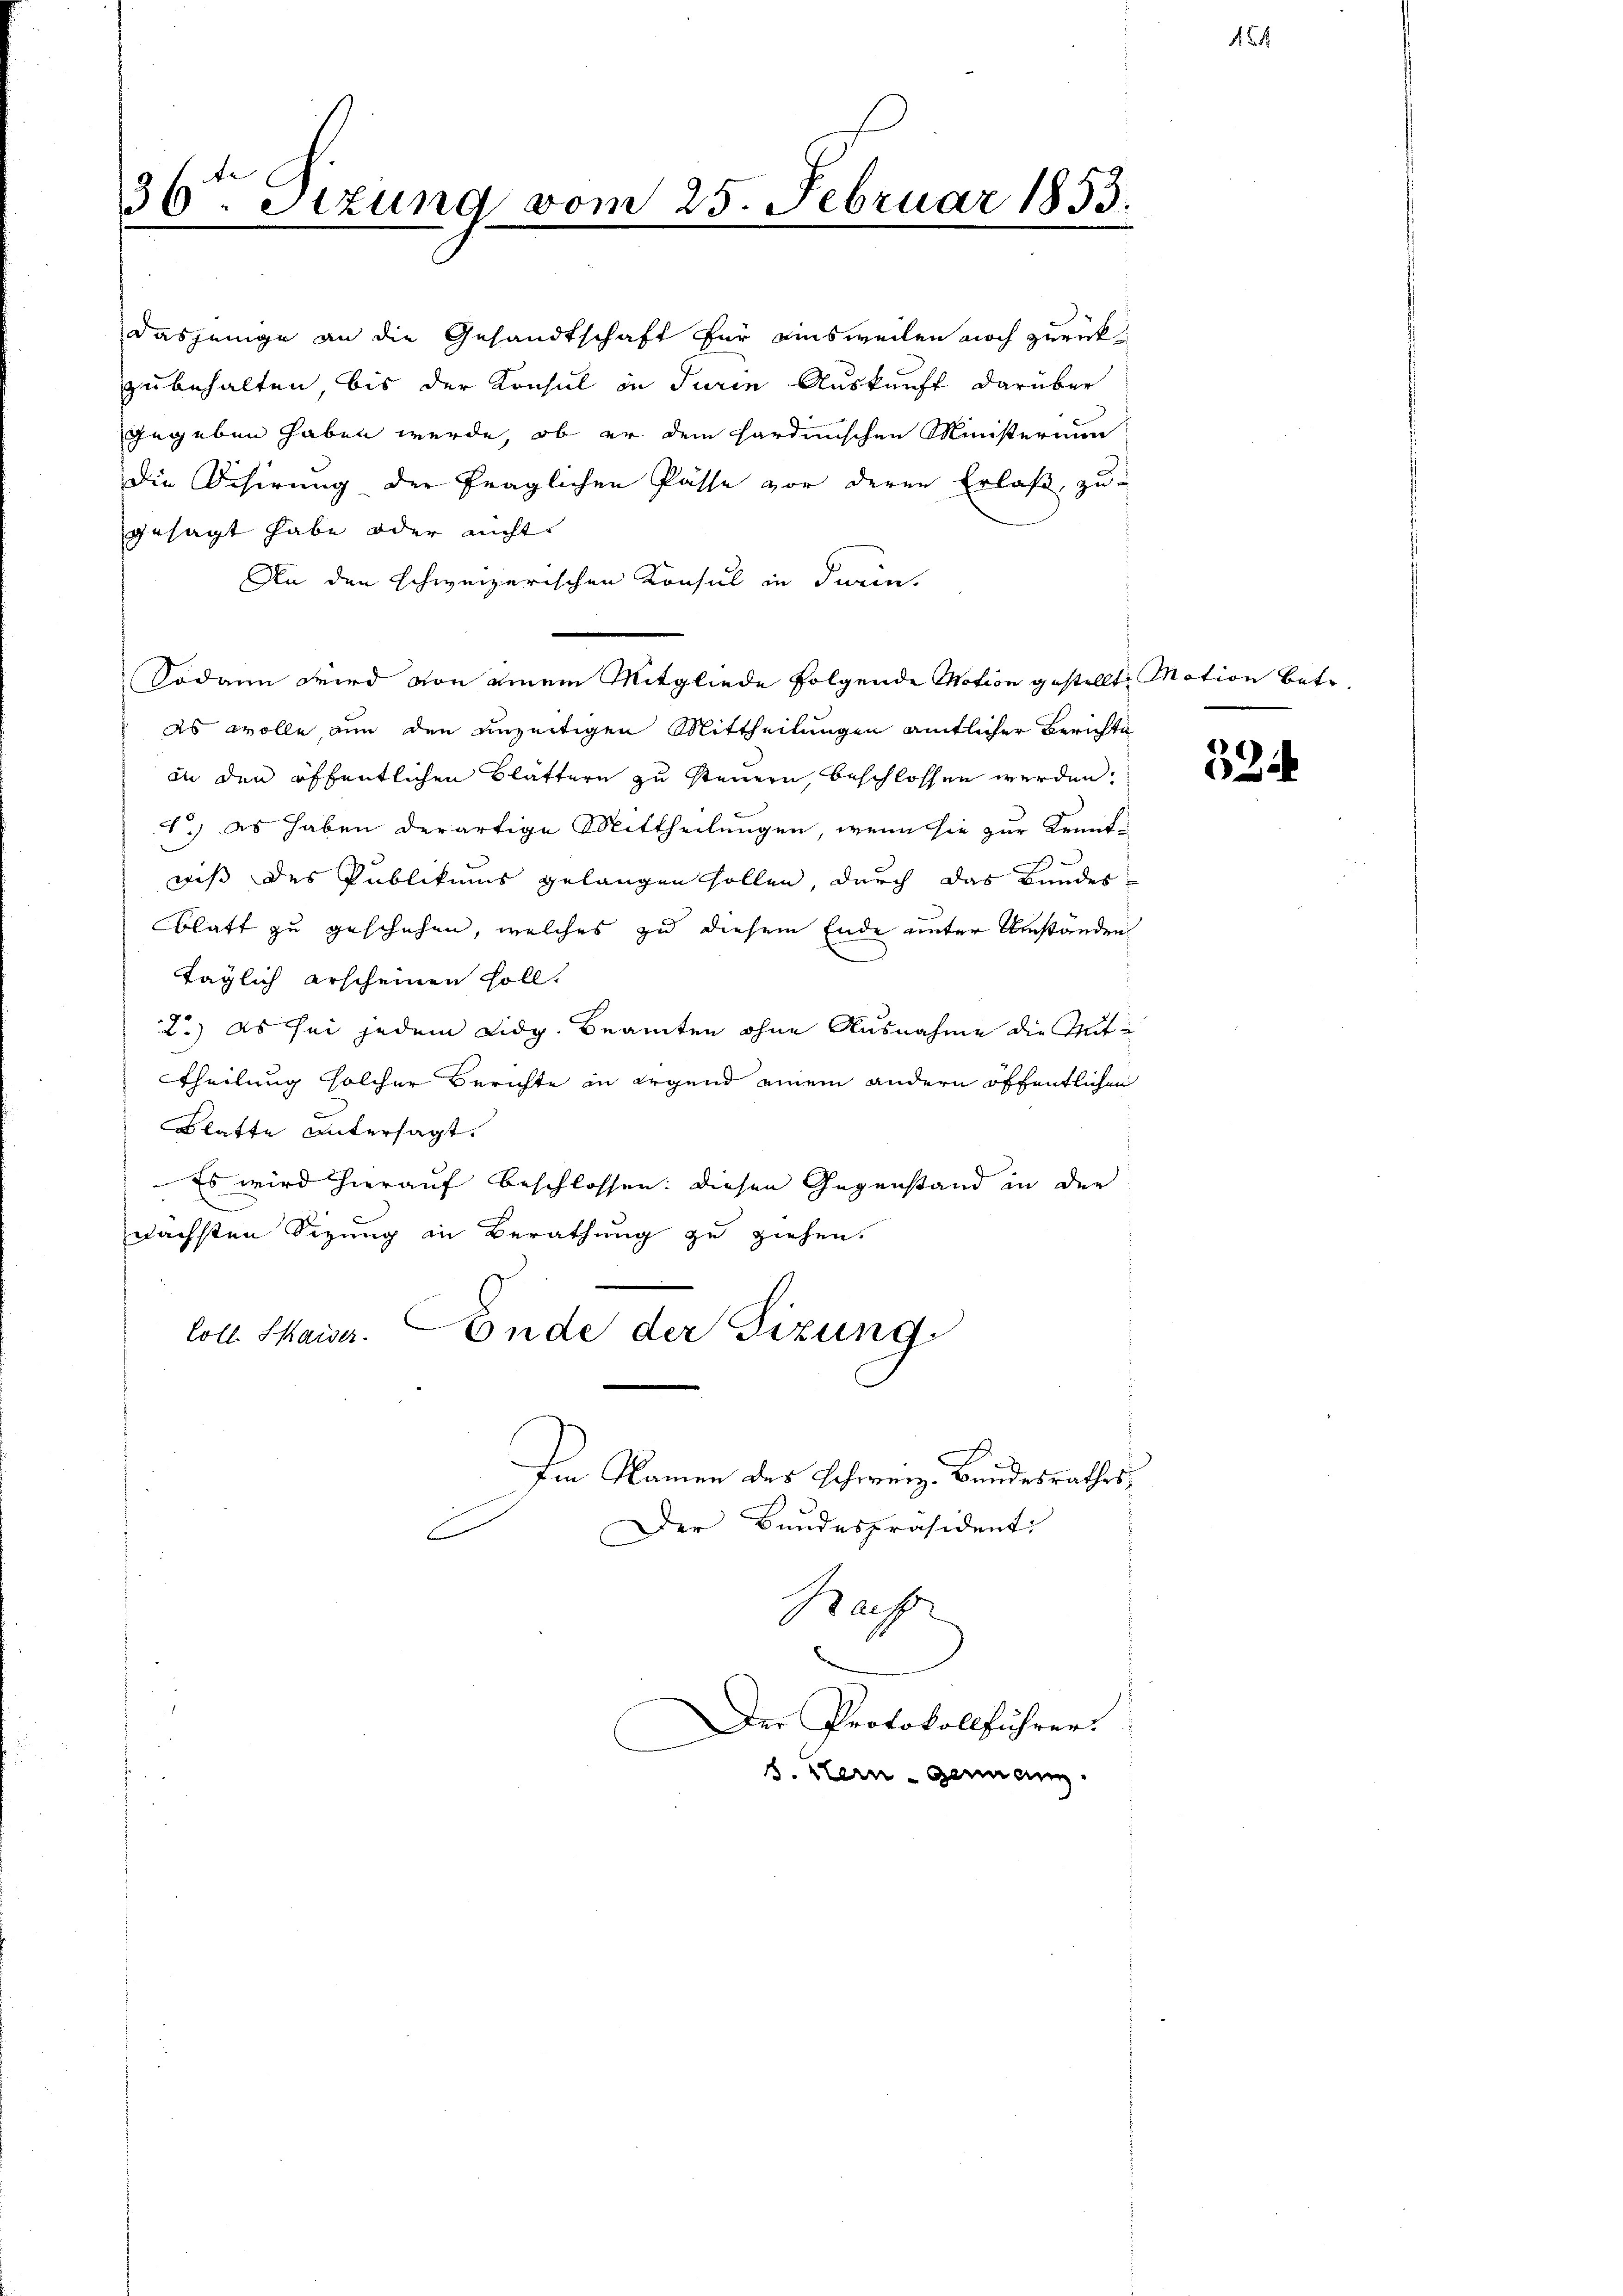
36ten Sitzung vom 25. Februar 1853.

gesagt habe oder nicht
An den schweizerischen Konsul in darin,
Sodann wird von einem Mitgliede folgende Motion gestellt, Motion betr
es wolle, nun den unzeitigen Mittheilungen amtlicher Berichte
an den öffentlichen Blättern zu steuern, beschlossen werden.
1.) Es haben derartige Mittheilungen, wenn sie zur Kenntwiss des Publikums gelangen sollen, durch das Bundesblatt zu geschehen, welches zu diesem Ende unter Umständen
täglich erscheinen soll.
2.) Es sei jedem Lidg. Beamten ohne Ausnahme die Gut¬
Theilung solcher Berichte in irgend einem andern öffentlichen
Blatte untersagt.
Es wird hierauf beschlossen: diesen Gegenstand in der
nächsten Sitzung in Berathung zu ziehen.
loll. Maiser. Ende der Sizung.
Im Namen des Schweiz. Bundesrathes
Der Bundespräsident
6
Rach

dasjenige an die Gesandtschaft für einsweilen noch zurückzubehalten, bis der Konsul in Turin Auskunft darüber
gegeben haben werde, ob er dem sardinischen Ministerium
Die Disirung der fraglichen Pässe vor deren Erlaß zu-

Der Protokollführer.
b. Kein genann

154

524